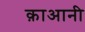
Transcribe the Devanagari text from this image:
क़ाआनी